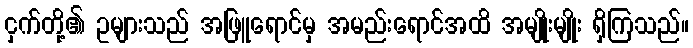
ငှက်တို့၏ ဥများသည် အဖြူရောင်မှ အမည်းရောင်အထိ အမျိုးမျိုး ရှိကြသည်။